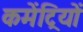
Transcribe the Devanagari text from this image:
कमेंट्रियों